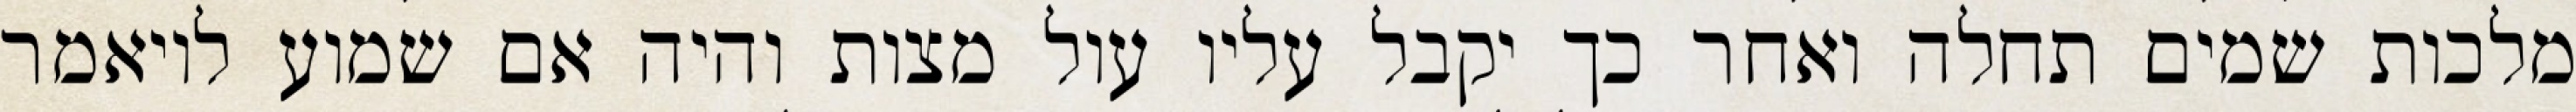
מלכות שמים תחלה ואחר כך יקבל עליו עול מצות והיה אם שמוע לויאמר